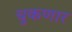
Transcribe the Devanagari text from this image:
चुकणार